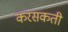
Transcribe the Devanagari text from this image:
करसकती